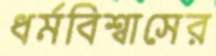
ধর্মবিশ্বাসের